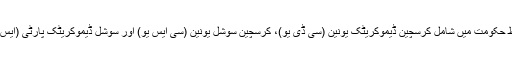
اس جلاس میں جرمنی کی مخلوط حکومت میں شامل کرسچین ڈیموکریٹک یونین (سی ڈی یو)، کرسچین سوشل یونین (سی ایس یو) اور سوشل ڈیموکریٹک پارٹی (ایس پی ڈی) کے رہنما شریک تھے۔